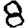
Digit: 8